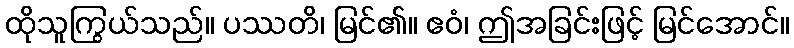
ထိုသူကြွယ်သည်။ ပဿတိ၊ မြင်၏။ ဧဝံ၊ ဤအခြင်းဖြင့် မြင်အောင်။